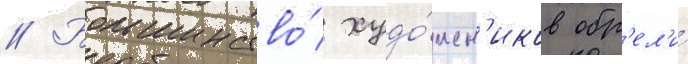
// Большинство́ худо́жн'иков обр'ел'и́